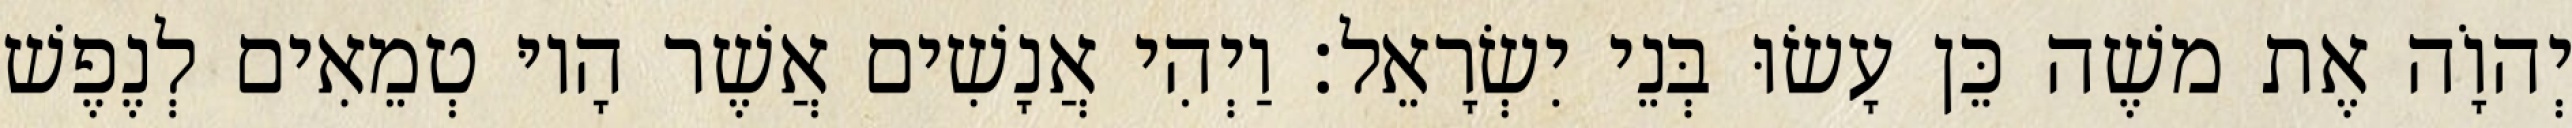
יְהוָֹה אֶת משֶׁה כֵּן עָשׂוּ בְּנֵי יִשְׂרָאֵל׃ וַיְהִי אֲנָשִׁים אֲשֶׁר הָיוּ טְמֵאִים לְנֶפֶשׁ